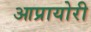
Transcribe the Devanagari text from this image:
आप्रायोरी